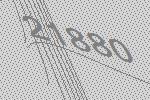
21880